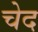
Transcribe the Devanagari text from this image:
चेद